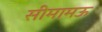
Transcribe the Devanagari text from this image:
सीमामऊ